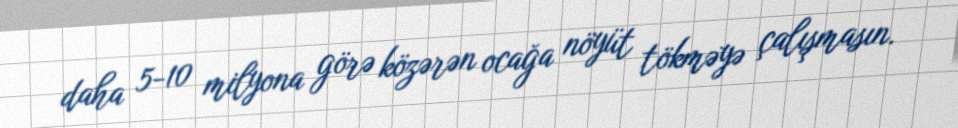
daha 5-10 milyona görə közərən ocağa nöyüt tökməyə çalışmasın.